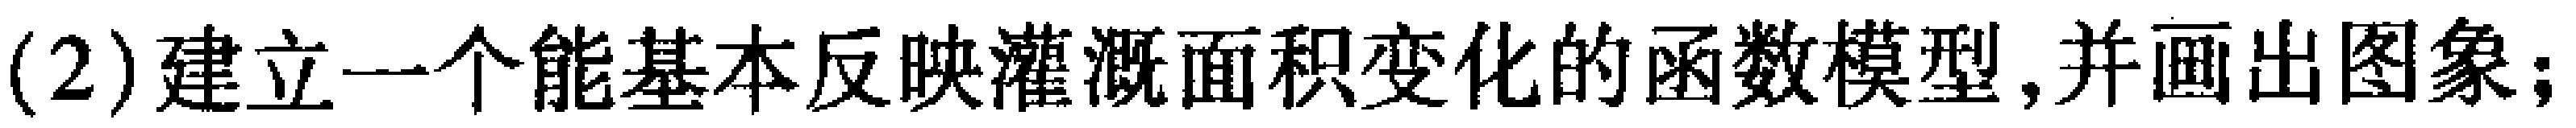
(2)建立一个能基本反映灌溉面积变化的函数模型,并画出图象;